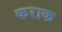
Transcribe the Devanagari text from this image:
कराक